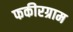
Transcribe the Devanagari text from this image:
फकीरग्राम